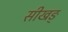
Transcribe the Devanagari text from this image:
सीखङ्